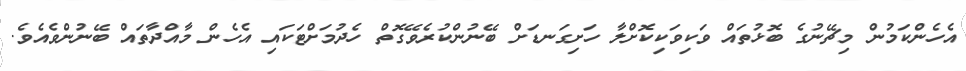
އެހެންކަމުން މިޗޭނުގެ ބޮޅުތައް ވަކިވަކިކޮށްލާ ހަށިގަނޑަށް ބޭނުންކުރެވޭގޮތް ހެދުމަށްޓަކައި އެހެން މާއްދާތައް ބޭނުންވެއެވެ.